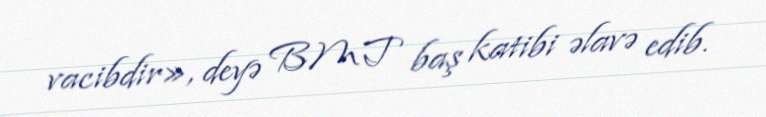
vacibdir», deyə BMT baş katibi əlavə edib.